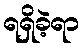
ရရှိခဲ့ရာ